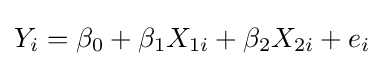
Y_{i}=\beta _{0}+\beta _{1}X_{1i}+\beta _{2}X_{2i}+e_{i}